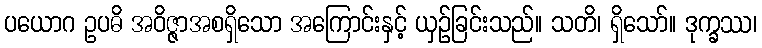
ပယောဂ ဥပဓိ အဝိဇ္ဇာအစရှိသော အကြောင်းနှင့် ယှဉ်ခြင်းသည်။ သတိ၊ ရှိသော်။ ဒုက္ခဿ၊